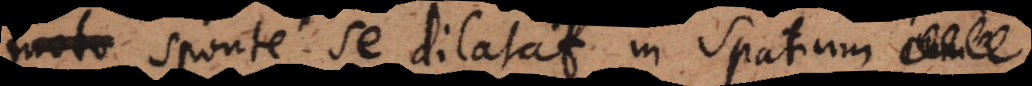
remoto sponte se dilatat in sp